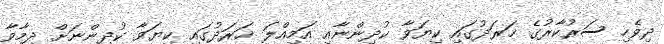
ދިވެހި ސަރުކާރުގެ ޚަރަދުގައި ކިޔަވާ ކުދިންނާއި އަމިއްލަ ޚަރަދުގައި ކިޔަވާ ކުދިންނަށް ދިމާވާ